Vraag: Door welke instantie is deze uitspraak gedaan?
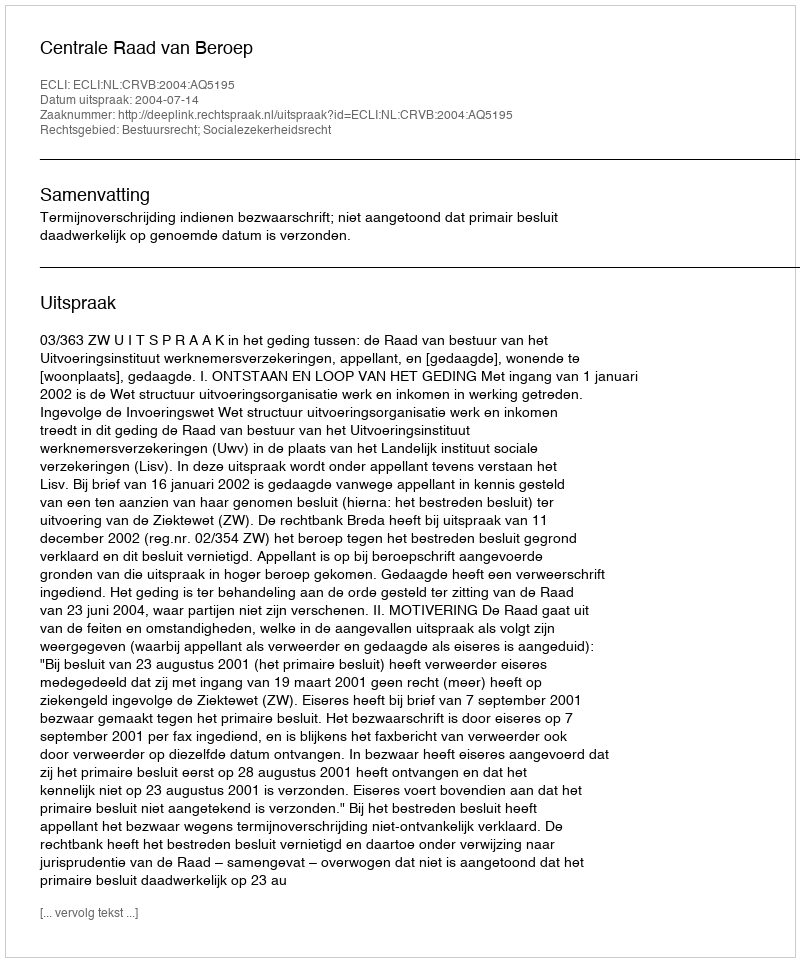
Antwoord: Centrale Raad van Beroep